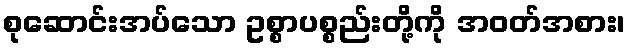
စုဆောင်းအပ်သော ဥစ္စာပစ္စည်းတို့ကို အဝတ်အစား၊